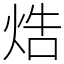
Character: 焅